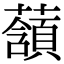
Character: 𧂃